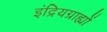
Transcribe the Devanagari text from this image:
इंद्रियग्राह्यों